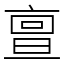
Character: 亶